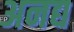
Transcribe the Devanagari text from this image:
अनद्य